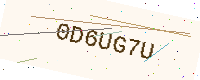
Text: 0D6UG7U